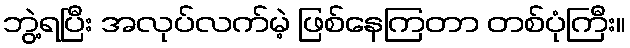
ဘွဲ့ရပြီး အလုပ်လက်မဲ့ ဖြစ်နေကြတာ တစ်ပုံကြီး။